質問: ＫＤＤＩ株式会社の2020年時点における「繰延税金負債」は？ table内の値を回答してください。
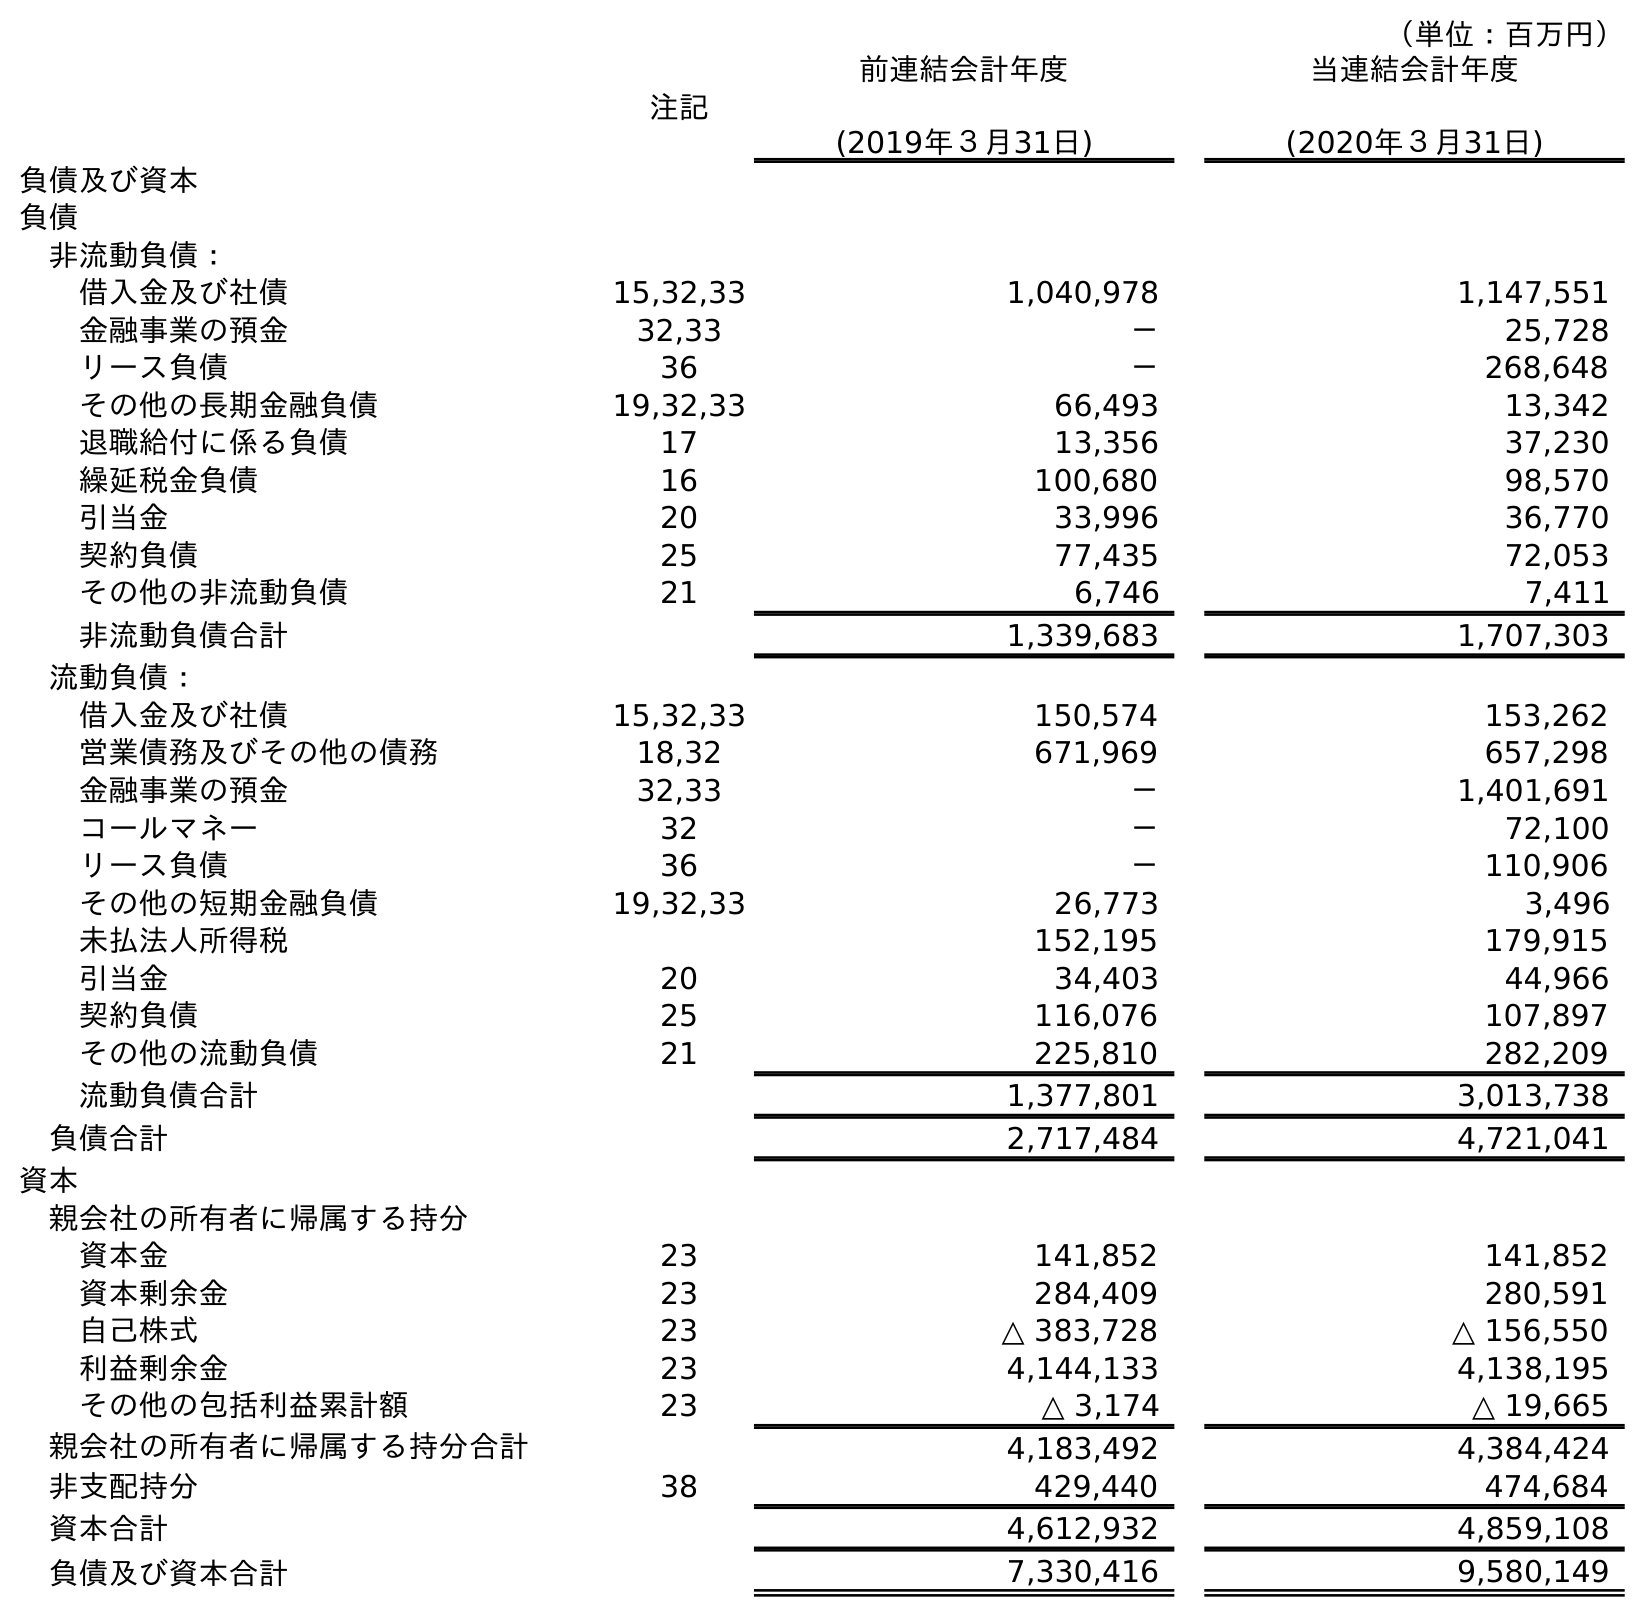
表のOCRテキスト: （単位：百万円） 注記 前連結会計年度 (2019年３月31日) 当連結会計年度 (2020年３月31日) 負債及び資本 負債 非流動負債： 借入金及び社債 15,32,33 1,040,978 1,147,551 金融事業の預金 32,33 － 25,728 リース負債 36 － 268,648 その他の長期金融負債 19,32,33 66,493 13,342 退職給付に係る負債 17 13,356 37,230 繰延税金負債 16 100,680 98,570 引当金 20 33,996 36,770 契約負債 25 77,435 72,053 その他の非流動負債 21 6,746 7,411 非流動負債合計 1,339,683 1,707,303 流動負債： 借入金及び社債 15,32,33 150,574 153,262 営業債務及びその他の債務 18,32 671,969 657,298 金融事業の預金 32,33 － 1,401,691 コールマネー 32 － 72,100 リース負債 36 － 110,906 その他の短期金融負債 19,32,33 26,773 3,496 未払法人所得税 152,195 179,915 引当金 20 34,403 44,966 契約負債 25 116,076 107,897 その他の流動負債 21 225,810 282,209 流動負債合計 1,377,801 3,013,738 負債合計 2,717,484 4,721,041 資本 親会社の所有者に帰属する持分 資本金 23 141,852 141,852 資本剰余金 23 284,409 280,591 自己株式 23 △ 383,728 △ 156,550 利益剰余金 23 4,144,133 4,138,195 その他の包括利益累計額 23 △ 3,174 △ 19,665 親会社の所有者に帰属する持分合計 4,183,492 4,384,424 非支配持分 38 429,440 474,684 資本合計 4,612,932 4,859,108 負債及び資本合計 7,330,416 9,580,149
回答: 98,570